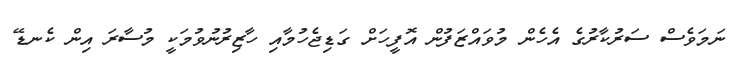
ނަމަވެސް ސަރުކާރުގެ އެހެން މުވައްޒަފުން އޮފީހަށް ގަޑިޖެހުމާއި ހާޒިރުނުވުމަކީ މުސާރަ އިން ކެނޑޭ